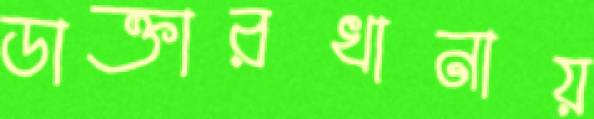
ডাক্তারখানায়